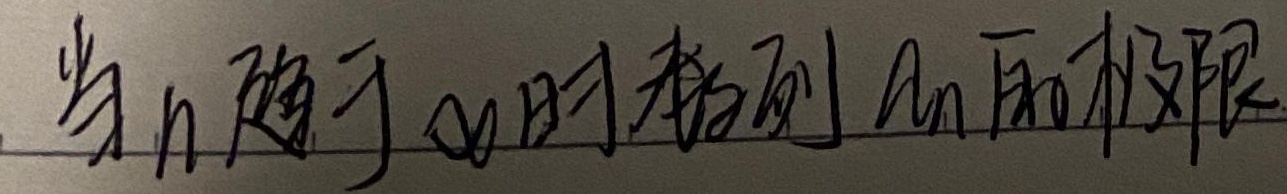
当\(n\)趋于\(\infty\)时数列\(a_n\)的极限